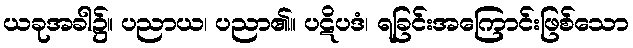
ယခုအခါ၌။ ပညာယ၊ ပညာ၏။ ပဋိပဒံ၊ ရခြင်းအကြောင်းဖြစ်သော